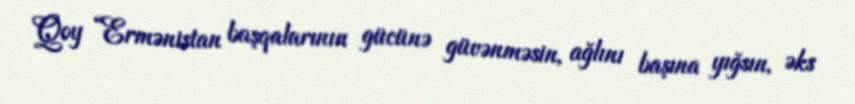
Qoy “Ermənistan başqalarının gücünə güvənməsin, ağlını başına yığsın, əks